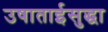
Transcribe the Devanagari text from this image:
उषाताईसुद्धा